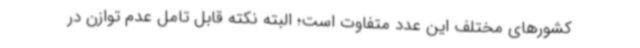
کشورهای مختلف این عدد متفاوت است؛ البته نکته قابل تامل عدم توازن در